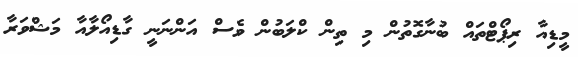
މީޑިއާ ރިޕޯޓްތައް ބުނާގޮތުން މި ތިން ކްލަބުން ވެސް އަންނަނީ ގާޑިއޯލާއާ މަޝްވަރާ